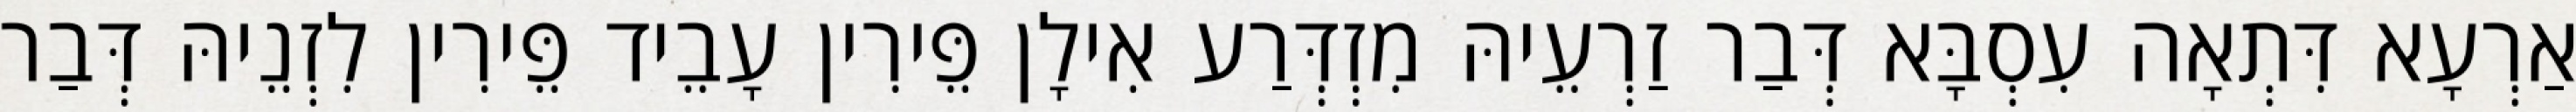
אַרְעָא דִּתְאָה עִסְבָּא דְּבַר זַרְעֵיהּ מִזְדְּרַע אִילָן פֵּירִין עָבֵיד פֵּירִין לִזְנֵיהּ דְּבַר